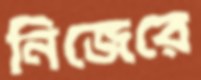
নিজেরে